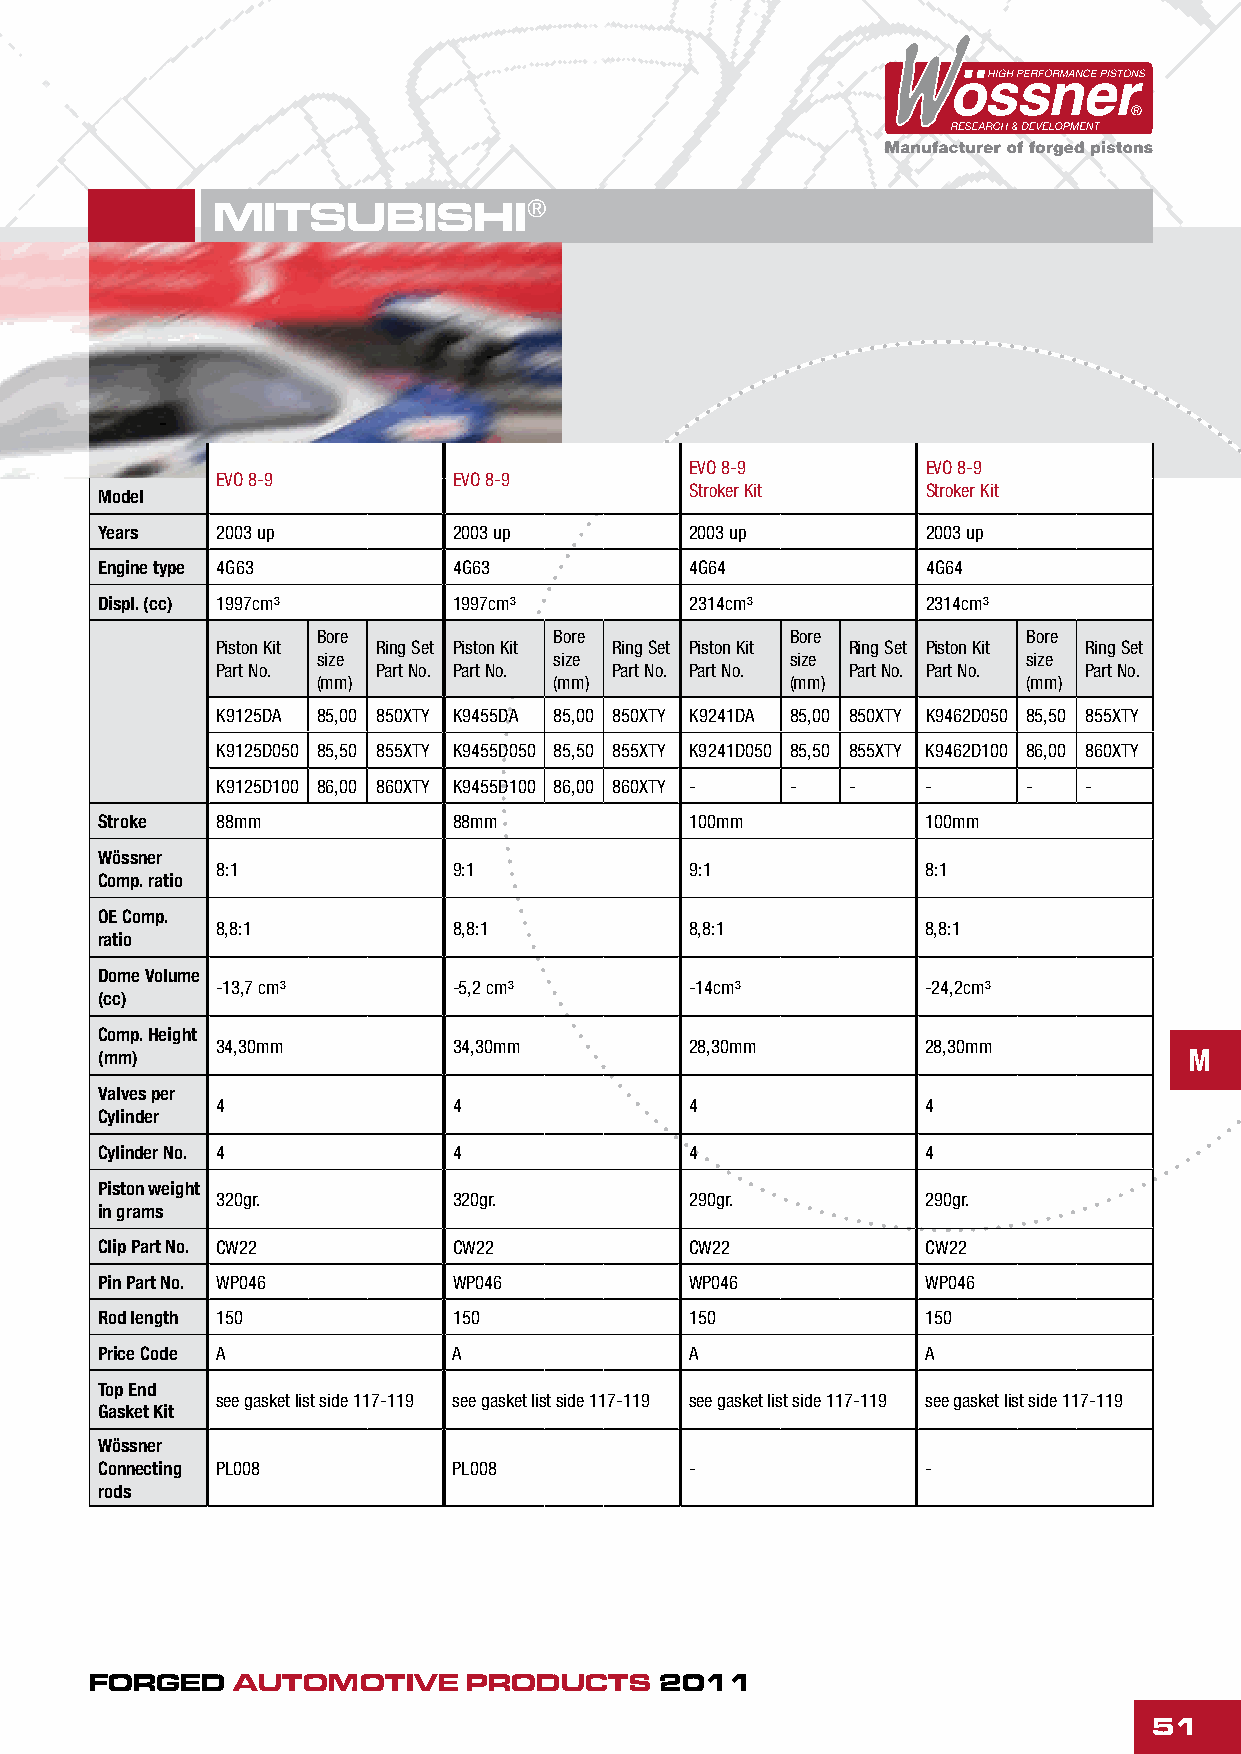
MITSUBISHI®
 EVO 8-9        EVO 8-9
 EVO 8-9         EVO 8-9
 Stroker Kit    Stroker Kit
 Model
 Years  2003 up         2003 up         2003 up        2003 up
 Engine type 4G63       4G63            4G64           4G64
 Displ. (cc) 1997cm³     1997cm³         2314cm³        2314cm³
 Bore            Bore           Bore            Bore
 Piston Kit Ring Set Piston Kit Ring Set Piston Kit Ring Set Piston Kit Ring Set
 size            size           size            size
 Part No.   Part No. Part No. Part No. Part No. Part No. Part No. Part No.
 (mm)            (mm)           (mm)            (mm)
 K9125DA 85,00 850XTY K9455DA 85,00 850XTY K9241DA 85,00 850XTY K9462D050 85,50 855XTY
 K9125D050 85,50 855XTY K9455D050 85,50 855XTY K9241D050 85,50 855XTY K9462D100 86,00 860XTY
 K9125D100 86,00 860XTY K9455D100 86,00 860XTY - - - - -   -
 Stroke  88mm            88mm            100mm          100mm
 Wössner
 8:1             9:1             9:1            8:1
 Comp. ratio
 OE Comp.
 8,8:1           8,8:1           8,8:1          8,8:1
 ratio
 Dome Volume
 -13,7 cm³       -5,2 cm³        -14cm³         -24,2cm³
 (cc)
 Comp. Height
 34,30mm         34,30mm         28,30mm        28,30mm
 (mm)                                                                     M
 Valves per
 4               4               4              4
 Cylinder
 Cylinder No. 4          4               4              4
 Piston weight
 320gr.          320gr.          290gr.         290gr.
 in grams
 Clip Part No. CW22      CW22            CW22           CW22
 Pin Part No. WP046      WP046           WP046          WP046
 Rod length 150          150             150            150
 Price Code A            A               A              A
 Top End
 see gasket list side 117-119 see gasket list side 117-119 see gasket list side 117-119 see gasket list side 117-119
 Gasket Kit
 Wössner
 Connecting PL008        PL008           -              -
 rods
 FORGED   AUTOMOTIVE      PRODUCTS     2011
 51